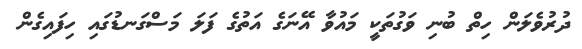
ދުރުވެލަން ހިތް ބުނި ވަގުތަކީ މައުވާ އޭނަގެ އަތުގެ ފަލަ މަސްގަނޑުގައި ހިފައިގެން